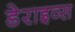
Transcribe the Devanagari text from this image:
डेराइव्स